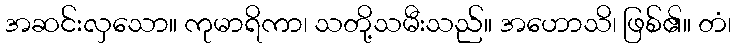
အဆင်းလှသော။ ကုမာရိကာ၊ သတို့သမီးသည်။ အဟောသိ၊ ဖြစ်၏။ တံ၊